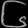
Digit: ၆